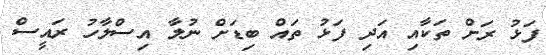
ފަޅު ރަށް ތަކާއި އަދި ފަޅު ތައް ބިޑަށް ނުލާ އިސްލާހު ރައީސް